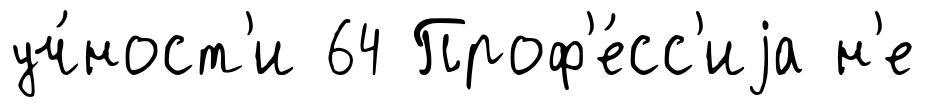
уч́ност'и 64 Проф'е́сс'иjа н'е